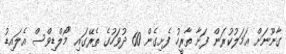
ގާނޫނަށް ޢަމަލުކުރަން ފަށާ ތާރީހު ފެށިގެން 60 ދުވަހުގެ ތެރޭގައި "މޯލްޑިވްސް އެލައިޑު